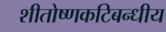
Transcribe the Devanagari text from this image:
शीतोष्णकटिबन्धीय